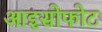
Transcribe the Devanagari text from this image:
आइसोफोट